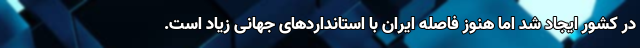
در کشور ایجاد شد اما هنوز فاصله ایران با استانداردهای جهانی زیاد است.